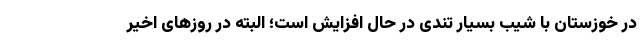
در خوزستان با شیب بسیار تندی در حال افزایش است؛ البته در روزهای اخیر